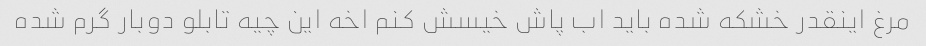
مرغ اینقدر خشکه شده باید اب پاش خیسش کنم اخه این چیه تابلو دوبار گرم شده